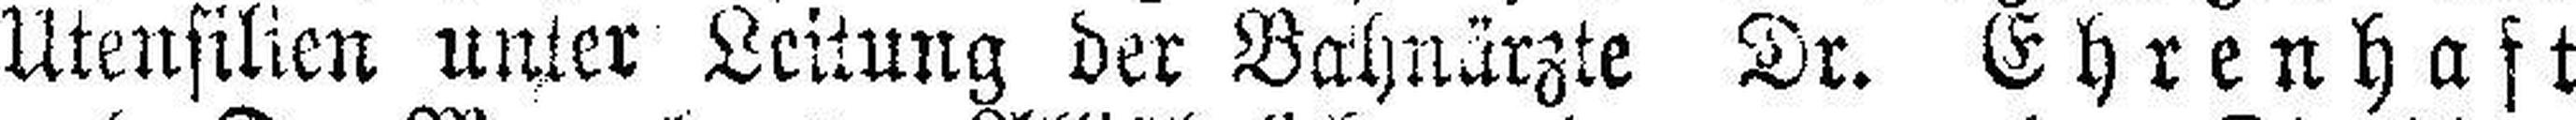
Utensilien unter Leitung der Bahnärzte Dr. Ehrenhaft